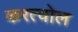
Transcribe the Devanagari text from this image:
करत्वोल